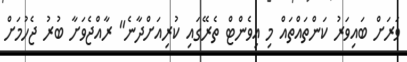
ވަރަށް ބައިވަރު ކަންތައްތައް މި އިވެންޓް ތެރޭގައި ކުރިއަށްދާނެ" ރާއްޖެވަށާ ބުރު ޖެހުމަށް